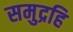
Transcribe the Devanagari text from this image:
समुद्रहि